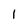
Character: 1